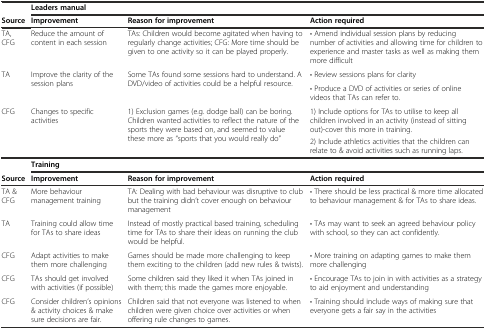
|  | <COLSPAN=3> Leaders manual |
 | Source | Improvement | Reason for improvement | Action required |
 | --- | --- | --- | --- |
 | TA, CFG | Reduce the amount of content in each session | TAs: Children would become agitated when having to regularly change activities; CFG: More time should be given to one activity so it can be played properly. | • Amend individual session plans by reducing number of activities and allowing time for children to experience and master tasks as well as making them more difficult |
 | <ROWSPAN=2> TA | <ROWSPAN=2> Improve the clarity of the session plans | <ROWSPAN=2> Some TAs found some sessions hard to understand. A DVD/video of activities could be a helpful resource. | • Review sessions plans for clarity |
 | • Produce a DVD of activities or series of online videos that TAs can refer to. |
 | <ROWSPAN=2> CFG | <ROWSPAN=2> Changes to specific activities | <ROWSPAN=2> 1) Exclusion games (e.g. dodge ball) can be boring. Children wanted activities to reflect the nature of the sports they were based on, and seemed to value these more as “sports that you would really do” | 1) Include options for TAs to utilise to keep all children involved in an activity (instead of sitting out)-cover this more in training. |
 | 2) Include athletics activities that the children can relate to & avoid activities such as running laps. |
 |  | <COLSPAN=3> Training |
 | Source | Improvement | Reason for improvement | Action required |
 | TA & CFG | More behaviour management training | TA: Dealing with bad behaviour was disruptive to club but the training didn’t cover enough on behaviour management | • There should be less practical & more time allocated to behaviour management & for TAs to share ideas. |
 | TA | Training could allow time for TAs to share ideas | Instead of mostly practical based training, scheduling time for TAs to share their ideas on running the club would be helpful. | • TAs may want to seek an agreed behaviour policy with school, so they can act confidently. |
 | CFG | Adapt activities to make them more challenging | Games should be made more challenging to keep them exciting to the children (add new rules & twists). | • More training on adapting games to make them more challenging |
 | CFG | TAs should get involved with activities (if possible) | Some children said they liked it when TAs joined in with them; this made the games more enjoyable. | • Encourage TAs to join in with activities as a strategy to aid enjoyment and understanding |
 | CFG | Consider children’s opinions & activity choices & make sure decisions are fair. | Children said that not everyone was listened to when children were given choice over activities or when offering rule changes to games. | • Training should include ways of making sure that everyone gets a fair say in the activities |